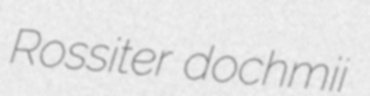
Rossiter dochmii